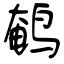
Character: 鹌